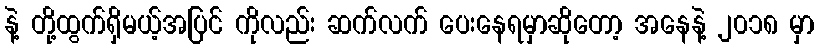
နဲ့ တို့ထွက်ရှိမယ့်အပြင် ကိုလည်း ဆက်လက် ပေးနေရမှာဆိုတော့ အနေနဲ့ ၂၀၁၈ မှာ